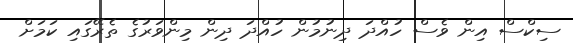
ސިކްސް އިން ވެސް ހުއްދަ ދިނުމުން ހުއްދަ ދިން މިންވަރުގެ ތެރޭގައި ކަމަށް